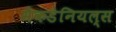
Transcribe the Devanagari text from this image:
मैकडेनियल्स